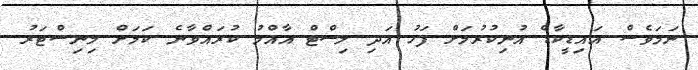
ނަމަވެސް އައިޑީކާޑް އުނިކުރުމަށް ފަހު އަދި ލިސްޓް އާއްމު ކުރައްވާނެ ކަމަށް މިނިސްޓަރު